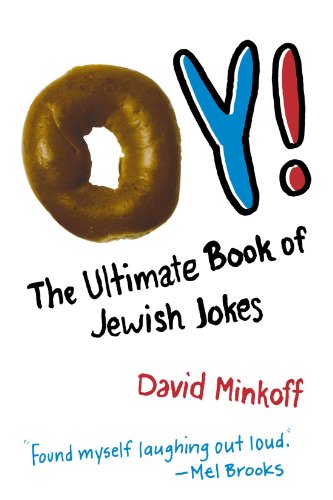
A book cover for Oy!: The Ultimate Book of Jewish Jokes; David Minkoff; Humor & Entertainment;